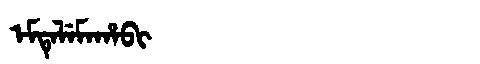
Manchu: ᡝᠮᡨᡝᠯᡝᠮᠠᡥᠠᠪᡳ
Romanization: EMTELEMAHABI